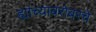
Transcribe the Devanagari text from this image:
ह्यांच्याबरोबरचे